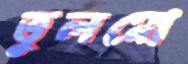
তুলমো